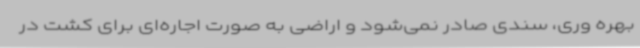
بهره وری، سندی صادر نمی‌شود و اراضی به صورت اجاره‌ای برای کشت در